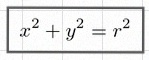
x^2+y^2=r^2